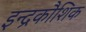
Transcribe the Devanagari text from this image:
इन्द्रकौशिक